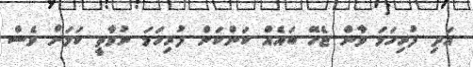
އަދި ފުރިހަމަ ވާން ޖެހޭ ބައެއް ކަންކަން ފުރިހަމަ ނުވާތީ ކަމަށް ވެސް